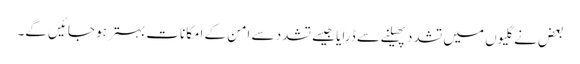
بعض نے گلیوں میں تشدد پھیلنے سے ڈرایا جیسے تشدد سے امن کے امکانات بہتر ہو جائیں گے۔